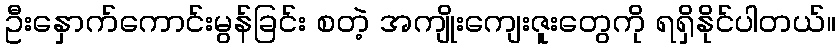
ဦးနှောက်ကောင်းမွန်ခြင်း စတဲ့ အကျိုးကျေးဇူးတွေကို ရရှိနိုင်ပါတယ်။